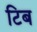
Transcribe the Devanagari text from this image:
टिब